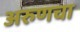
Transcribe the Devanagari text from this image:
अरुणचा